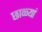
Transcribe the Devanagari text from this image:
छाळ्यां